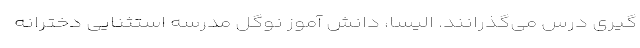
گیری درس می‌گذرانند. الیسا، دانش آموز نوگل مدرسه استثنایی دخترانه